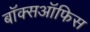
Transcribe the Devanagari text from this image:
बाॅक्सऑफिस